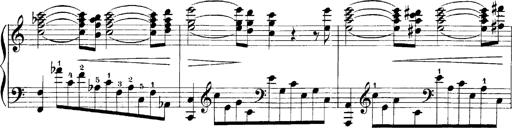
Title: LiebestrÃ¤ume
Composer: Franz Behr
Key: E-flat major